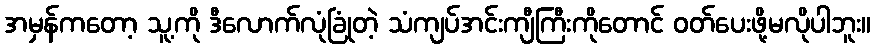
အမှန်ကတော့ သူ့ကို ဒီလောက်လုံခြုံတဲ့ သံကျပ်အင်းကျီကြီးကိုတောင် ဝတ်ပေးဖို့မလိုပါဘူး။